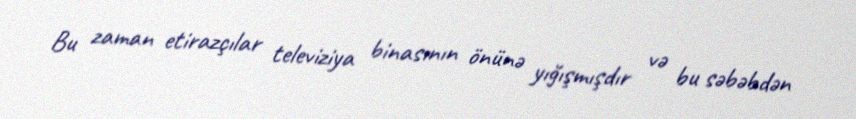
Bu zaman etirazçılar televiziya binasının önünə yığışmışdır və bu səbəbdən